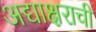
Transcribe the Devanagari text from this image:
अद्याक्षराची